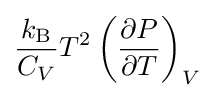
{\frac {k_{\rm {B}}}{C_{V}}}T^{2}\left({\frac {\partial P}{\partial T}}\right)_{V}